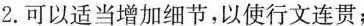
2.可以适当增加细节，以使行文连贯；